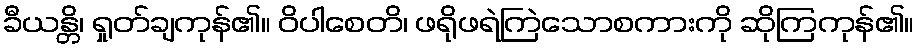
ခီယန္တိ၊ ရှုတ်ချကုန်၏။ ဝိပါစေတိ၊ ဖရိုဖရဲကြဲသောစကားကို ဆိုကြကုန်၏။